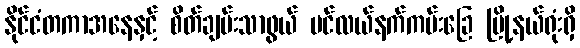
နိုင်ငံတကာအနေနှင့် စိတ်ချမ်းသာဖွယ် ပင်လယ်နက်ကမ်းခြေ မြို့နယ်ရုံးရှိ